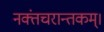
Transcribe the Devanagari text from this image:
नक्तंचरान्तकम्‌।